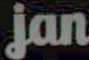
jan